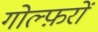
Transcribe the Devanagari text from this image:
गोल्फ़रों